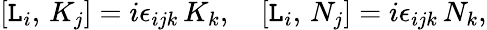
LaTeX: [\mathtt{L}_{i},\, K_{j}]=i\epsilon_{ijk}\, K_{k},\quad[\mathtt{L}_{i},\, N_{j}]=i\epsilon_{ijk}\, N_{k},